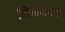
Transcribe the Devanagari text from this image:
लिहिलंयस